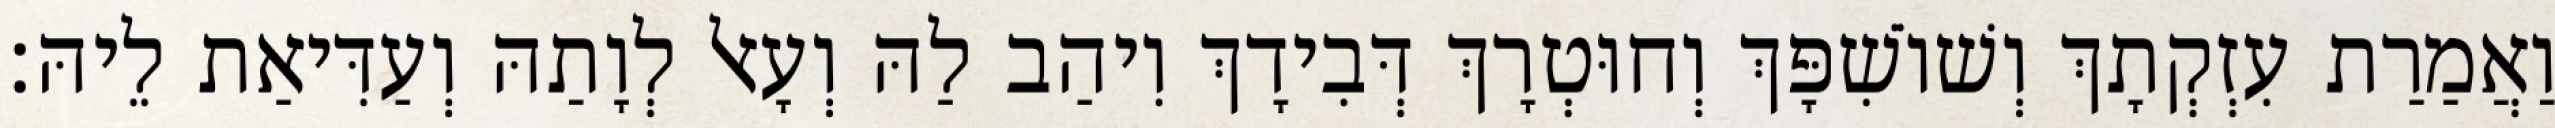
וַאֲמַרַת עִזְקְתָךְ וְשׁוֹשִׁפָּךְ וְחוּטְרָךְ דְּבִידָךְ וִיהַב לַהּ וְעָאל לְוָתַהּ וְעַדִּיאַת לֵיהּ׃